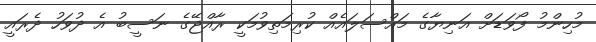
މުހިންމު ފޯވަޑަށް އަނިޔާގެ މައްސަލައެއް ކުރިމަތިވުމަކީ ރާއްޖޭގެ ނަސީބު އެ ދުވަހު ދެރައީ